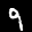
Label: 9